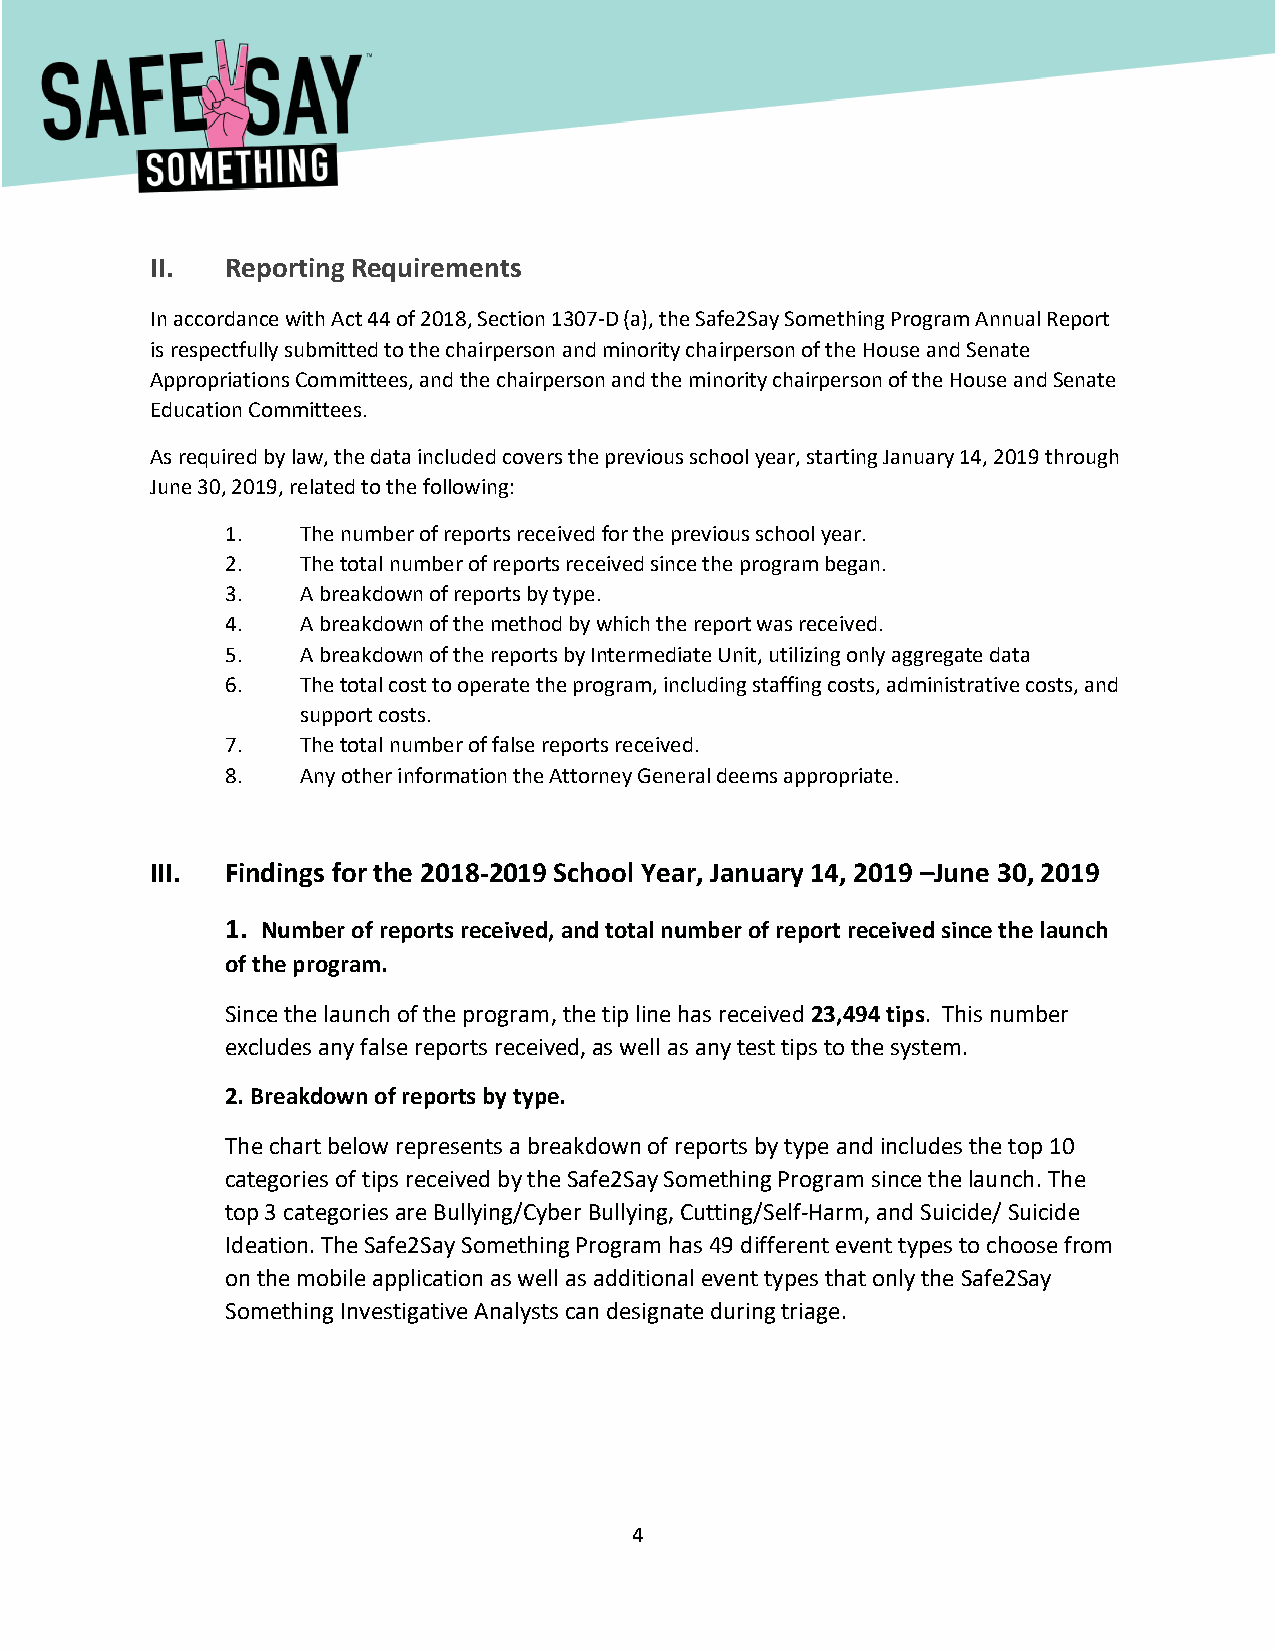
[Type here]
 II.  Reporting Requirements
 In accordance with Act 44 of 2018, Section 1307-D (a), the Safe2Say Something Program Annual Report
 is respectfully submitted to the chairperson and minority chairperson of the House and Senate
 Appropriations Committees, and the chairperson and the minority chairperson of the House and Senate
 Education Committees.
 As required by law, the data included covers the previous school year, starting January 14, 2019 through
 June 30, 2019, related to the following:
 1.   The number of reports received for the previous school year.
 2.   The total number of reports received since the program began.
 3.   A breakdown of reports by type.
 4.   A breakdown of the method by which the report was received.
 5.   A breakdown of the reports by Intermediate Unit, utilizing only aggregate data
 6.   The total cost to operate the program, including staffing costs, administrative costs, and
 support costs.
 7.   The total number of false reports received.
 8.   Any other information the Attorney General deems appropriate.
 III. Findings for the 2018-2019 School Year, January 14, 2019 –June 30, 2019
 1. Number of reports received, and total number of report received since the launch
 of the program.
 Since the launch of the program, the tip line has received 23,494 tips. This number
 excludes any false reports received, as well as any test tips to the system.
 2. Breakdown of reports by type.
 The chart below represents a breakdown of reports by type and includes the top 10
 categories of tips received by the Safe2Say Something Program since the launch. The
 top 3 categories are Bullying/Cyber Bullying, Cutting/Self-Harm, and Suicide/ Suicide
 Ideation. The Safe2Say Something Program has 49 different event types to choose from
 on the mobile application as well as additional event types that only the Safe2Say
 Something Investigative Analysts can designate during triage.
 4